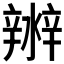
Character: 𤀲